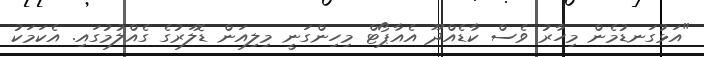
"އަޅުގަނޑުމެން މިހާރު ވެސް ކާޑެއްދޫ އެއާޕޯޓް މިހިންގަނީ މިލިއަން ޑޮލަރުގެ ގެއްލުމުގައި. އެކަމަކު